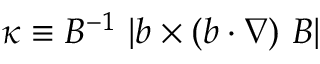
\kappa \equiv B ^ { - 1 } \, \left\vert \boldsymbol { b } \times \left( \boldsymbol { b } \cdot \boldsymbol { \nabla } \right) \, \boldsymbol { B } \right\vert